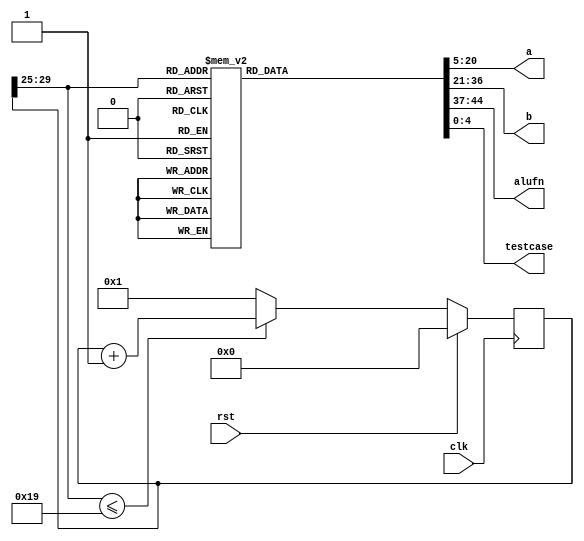
module generator_3 (
    input clk,
    input rst,
    output reg [15:0] a,
    output reg [15:0] b,
    output reg [7:0] alufn,
    output reg [4:0] testcase
  );
  
  
  
  reg [29:0] M_counter_d, M_counter_q = 1'h0;
  
  always @* begin
    M_counter_d = M_counter_q;
    
    
    case (M_counter_q[25+4-:5])
      5'h01: begin
        testcase = 1'h1;
        a = 3'h4;
        b = 3'h2;
        alufn = 8'h00;
      end
      5'h02: begin
        testcase = 2'h2;
        a = 16'hffff;
        b = 4'h5;
        alufn = 8'h03;
      end
      5'h03: begin
        testcase = 2'h3;
        a = 3'h4;
        b = 3'h2;
        alufn = 8'h01;
      end
      5'h04: begin
        testcase = 3'h4;
        a = 16'hffff;
        b = 16'hffff;
        alufn = 8'h03;
      end
      5'h05: begin
        testcase = 3'h5;
        a = 3'h4;
        b = 3'h2;
        alufn = 8'h02;
      end
      5'h06: begin
        testcase = 3'h6;
        a = 5'h03;
        b = 5'h04;
        alufn = 8'h02;
      end
      5'h07: begin
        testcase = 3'h7;
        a = 3'h5;
        b = 3'h5;
        alufn = 8'h33;
      end
      5'h08: begin
        testcase = 4'h8;
        a = 3'h4;
        b = 3'h2;
        alufn = 8'h33;
      end
      5'h09: begin
        testcase = 4'h9;
        a = 3'h2;
        b = 3'h4;
        alufn = 8'h35;
      end
      5'h0a: begin
        testcase = 4'ha;
        a = 3'h4;
        b = 3'h2;
        alufn = 8'h35;
      end
      5'h0b: begin
        testcase = 4'hb;
        a = 3'h2;
        b = 3'h4;
        alufn = 8'h37;
      end
      5'h0c: begin
        testcase = 4'hc;
        a = 3'h4;
        b = 3'h2;
        alufn = 8'h37;
      end
      5'h0d: begin
        testcase = 4'hd;
        a = 3'h2;
        b = 3'h4;
        alufn = 8'h18;
      end
      5'h0e: begin
        testcase = 4'he;
        a = 3'h2;
        b = 3'h4;
        alufn = 8'h1e;
      end
      5'h0f: begin
        testcase = 4'hf;
        a = 3'h2;
        b = 3'h4;
        alufn = 8'h16;
      end
      5'h10: begin
        testcase = 5'h10;
        a = 3'h2;
        b = 3'h4;
        alufn = 8'h1a;
      end
      5'h11: begin
        testcase = 5'h11;
        a = 3'h7;
        b = 3'h5;
        alufn = 8'h20;
      end
      5'h12: begin
        testcase = 5'h12;
        a = 3'h4;
        b = 3'h2;
        alufn = 8'h21;
      end
      5'h13: begin
        testcase = 5'h13;
        a = 3'h4;
        b = 3'h2;
        alufn = 8'h23;
      end
      5'h14: begin
        testcase = 5'h14;
        a = 3'h5;
        b = 3'h7;
        alufn = 8'h18;
      end
      5'h15: begin
        testcase = 5'h15;
        a = 3'h5;
        b = 3'h7;
        alufn = 8'h1d;
      end
      5'h16: begin
        testcase = 5'h16;
        a = 3'h5;
        b = 3'h7;
        alufn = 8'h13;
      end
      default: begin
        testcase = 1'h0;
        a = 1'h0;
        b = 1'h0;
        alufn = 1'h0;
      end
    endcase
    if (M_counter_q[25+4-:5] <= 6'h19) begin
      M_counter_d = M_counter_q + 1'h1;
    end else begin
      M_counter_d = 1'h1;
    end
  end
  
  always @(posedge clk) begin
    if (rst == 1'b1) begin
      M_counter_q <= 1'h0;
    end else begin
      M_counter_q <= M_counter_d;
    end
  end
  
endmodule